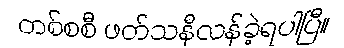
တစ်စစီ ဖတ်သနီလန်ခဲ့ရပါပြီ။